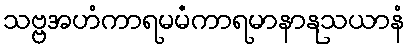
သဗ္ဗအဟံကာရမမံကာရမာနာနုသယာနံ